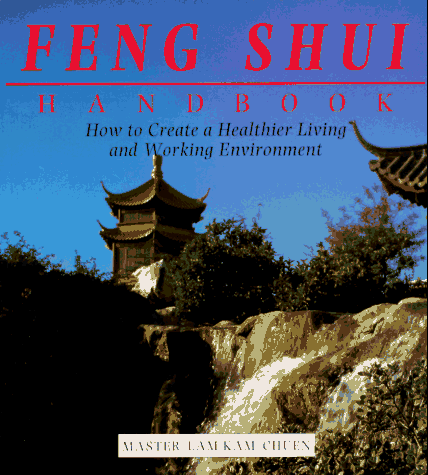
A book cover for The Feng Shui Handbook: How To Create A Healthier Living & Working Environment (Henry Holt Reference Book); Lam Kam Chuen; Religion & Spirituality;